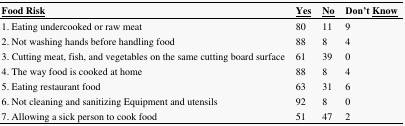
| <underline>Food Risk</underline> | <underline>Yes</underline> | <underline>No</underline> | Don’t<underline>Know</underline> |
 | --- | --- | --- | --- |
 | 1. Eating undercooked or raw meat | 80 | 11 | 9 |
 | 2. Not washing hands before handling food | 88 | 8 | 4 |
 | 3. Cutting meat, fish, and vegetables on the same cutting board surface | 61 | 39 | 0 |
 | 4. The way food is cooked at home | 88 | 8 | 4 |
 | 5. Eating restaurant food | 63 | 31 | 6 |
 | 6. Not cleaning and sanitizing Equipment and utensils | 92 | 8 | 0 |
 | 7. Allowing a sick person to cook food | 51 | 47 | 2 |